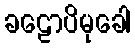
ခဠောပိမုခေါ